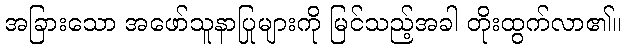
အခြားသော အဖော်သူနာပြုများကို မြင်သည့်အခါ တိုးထွက်လာ၏။